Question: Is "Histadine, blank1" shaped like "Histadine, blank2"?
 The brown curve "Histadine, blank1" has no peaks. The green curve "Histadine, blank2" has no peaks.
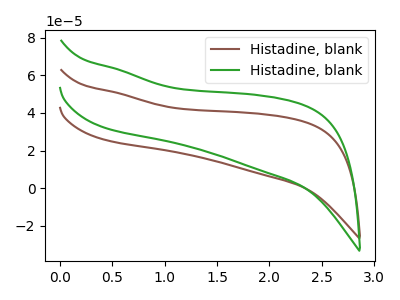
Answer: <think>Neither "Histadine, blank1" or "Histadine, blank2" have any peaks.
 </think>
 <answer>"Histadine, blank1" and "Histadine, blank2" are similar in shape.</answer>
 <eval>same_shape</eval>